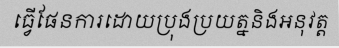
ធ្វើផែនការដោយប្រុងប្រយត្ននិងអនុវត្ត